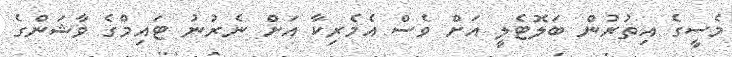
މެސީގެ އިތުރުން ބަލޮޓެލީ އަށް ވެސް އެމެރިކާ އަށް ނެރުނު ޓައިމްގެ ވާޝަންގެ